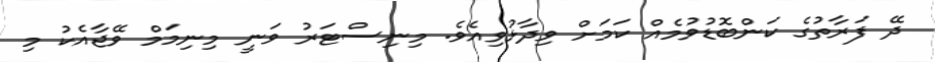
ދޭ ފަރާތުގެ ކަންބޮޑުވުމެއް ކަމަށް ވިދާޅުވިއެވެ. މިނިސްޓަރު ވަނީ މިނިމަމް ވޭޖާއެކު މި